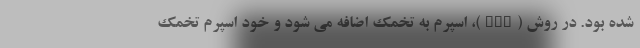
شده بود. در روش (IVF)، اسپرم به تخمک اضافه می شود و خود اسپرم تخمک